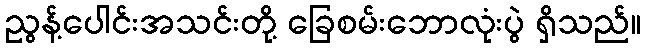
ညွန့်ပေါင်းအသင်းတို့ ခြေစမ်းဘောလုံးပွဲ ရှိသည်။